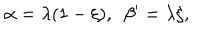
LaTeX: \alpha = \lambda ( 1 - \xi ) , \, \, \, \beta ^ { \prime } = \lambda \xi ,